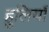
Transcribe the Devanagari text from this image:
हुलियाँ